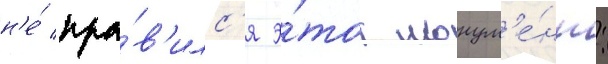
н'е́ нра́в'илс'я э́тот монум'е́нт: